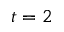
t = 2